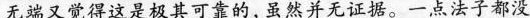
无端又觉得这是极其可靠的，虽然并无证据。一点法子都没